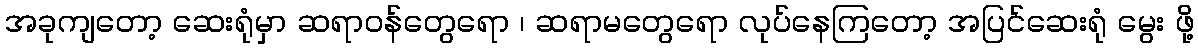
အခုကျတော့ ဆေးရုံမှာ ဆရာဝန်တွေရော ၊ ဆရာမတွေရော လုပ်နေကြတော့ အပြင်ဆေးရုံ မွေး ဖို့